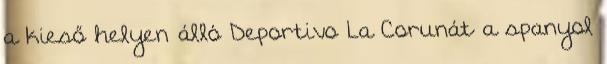
a kieső helyen álló Deportivo La Corunát a spanyol